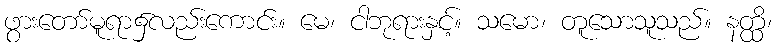
ဖွားတော်မူရာ၌လည်းကောင်း။ မေ၊ ငါဘုရားနှင့်။ သမော၊ တူသောသူသည်။ နတ္ထိ၊